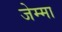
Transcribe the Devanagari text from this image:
जेम्मा